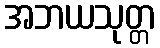
အဘယသုတ္တ